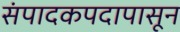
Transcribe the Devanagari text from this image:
संपादकपदापासून